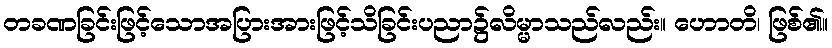
တခဏခြင်းဖြင့်သောအပြားအားဖြင့်သိခြင်းပညာ၌လိမ္မာသည်လည်း။ ဟောတိ၊ ဖြစ်၏။